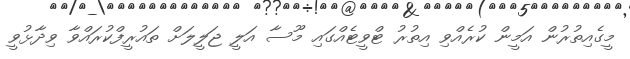
މީގެއިތުރުން އަމީން ކުރެއްވި އިތުރު ޓްވީޓެއްގައި މޫސާ އަލީ ޖަލީލަށް ތައުރީފްކުރައްވާ ވިދާޅުވީ